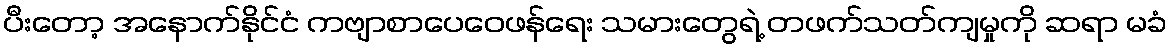
ပီးတော့ အနောက်နိုင်ငံ ကဗျာစာပေဝေဖန်ရေး သမားတွေရဲ့ တဖက်သတ်ကျမှုကို ဆရာ မခံ